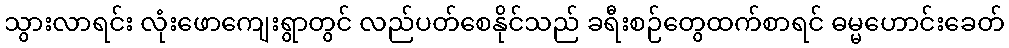
သွားလာရင်း လုံးဖောကျေးရွာတွင် လည်ပတ်စေနိုင်သည် ခရီးစဉ်တွေထက်စာရင် ဓမ္မဟောင်းခေတ်